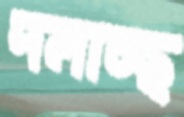
দলাচ্ছ